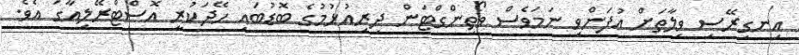
އިނގިރޭސި ވިލާތަށް އުފަންވި ނަމަވެސް ވޯތިންގްޓަން ދިރިއުޅުމުގެ ބޮޑުބައި ހޭދަކުރީ އޮސްޓްރޭލިއާގަ އެވެ.